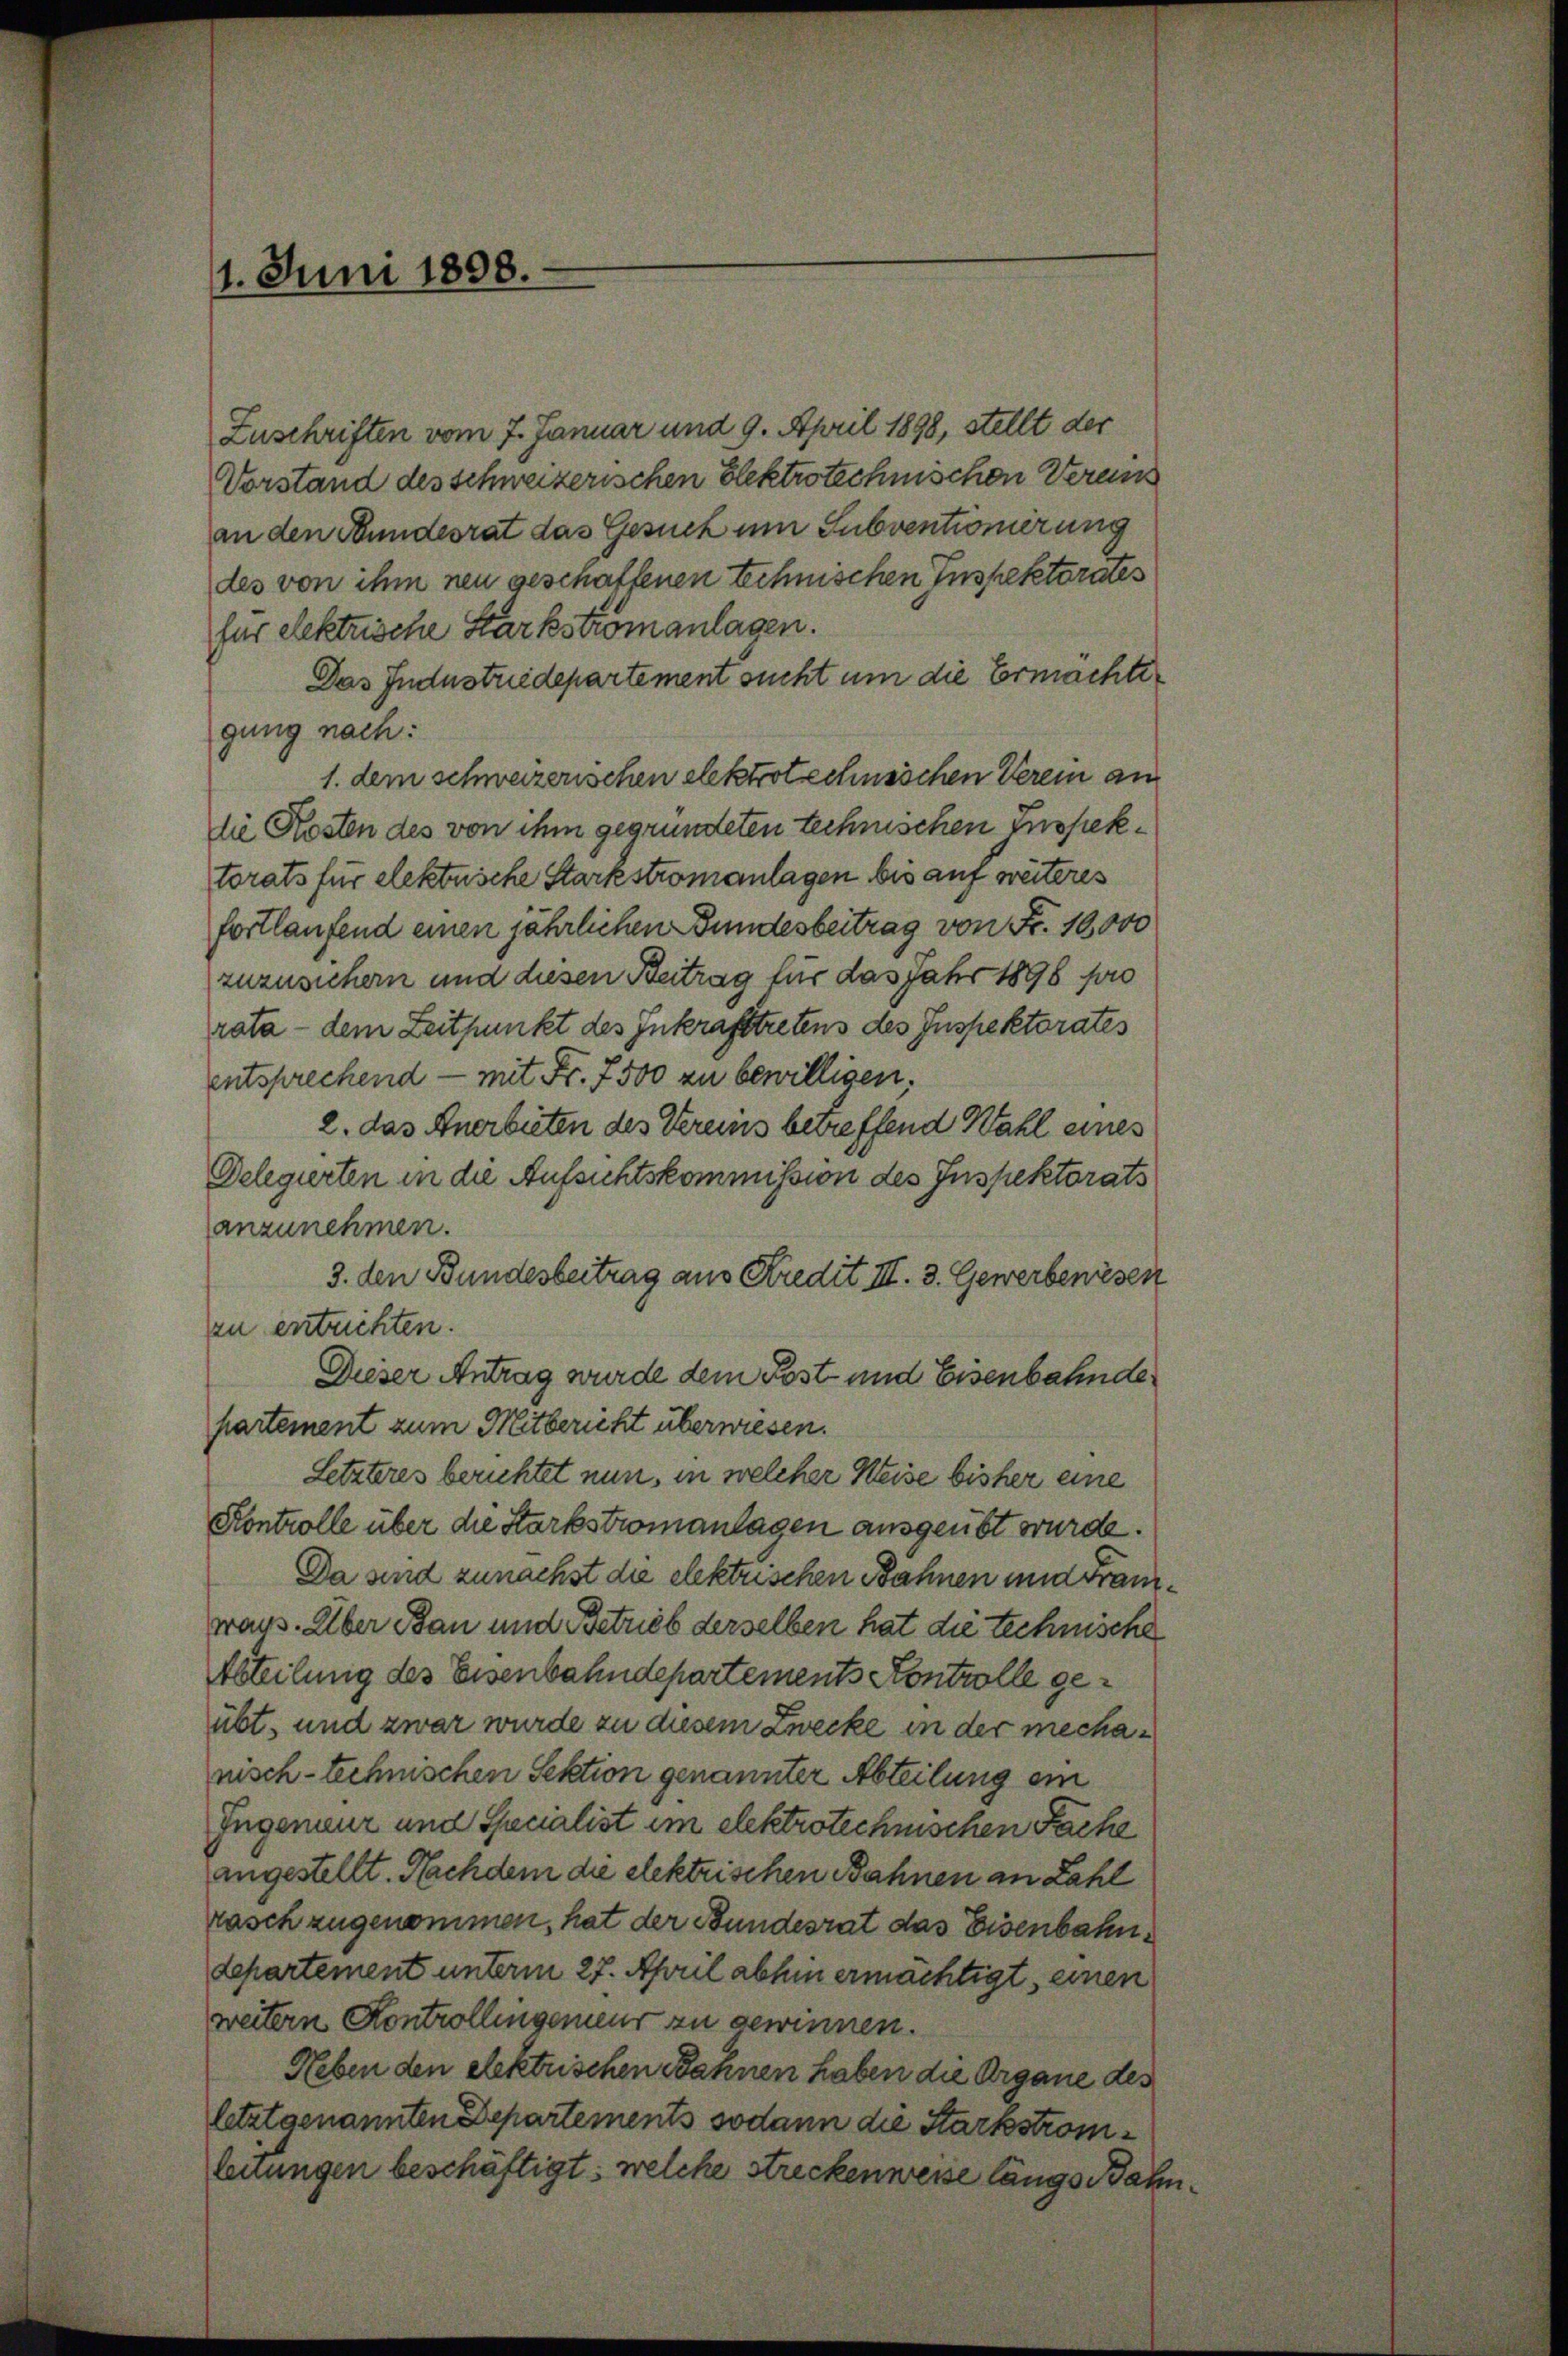
1. Juni 1898.

Zuschriften vom 7. Januar und 9. April 1898, stellt der
Vorstand des schweizerischen Elektrotechnischen Verein
an den Bundesrat das Gesuch um Subventionierung
des von ihm neu geschaffenen technischen Inspektorates
für elektrische Stärkstromanlagen.
Das Industriedepartement sucht um die Ermächte
gung nach:
1. dem schweizerischen elektrotechnsichen Verein an
die Kosten des von ihm gegründeten technischen Inspektorats für elektuische Starkstromanlagen bis auf weiteres
fortlaufend einen jährlichen Bundesbeitrag von Fr. 10,000
zuzusichern und diesen Beitrag für das Jahr 1898 pro
rata - dem Zeitpunkt des Inkrafttretens des Inspektorates
entsprechend — mit Fr. 7500 zu bewilligen.
2. das Anerbieten des Vereins betreffend Wahl eines
Delegierten in die Aufsichtskommission des Inspektorats
anzunehmen.
3. den Bundesbeitrag aus Kredit III. 3. Gewerbenesen
zu entrichten.
Dieser Antrag wurde dem Post- und Eisenbahnde
partement zum Mitbericht überwiesen.
Letzteres berichtet nun, in welcher Keise bisher eine
Kontrolle über die Starkstromanlagen ausgeübt wurde.
Da sind zunächst die elektrischen Bahnen und Franzways. Über Bau und Betrieb derselben hat die technische
Abteilung des Eisenbahndepartements Kontrolle geübt, und zwar wurde zu diesem Zwecke in der mechanisch-technischen Sektion genannter Abteilung ein
Ingenieur und Specialist im elektrotechnischen Fache
angestellt. Nachdem die elektrischen Bahnen an Zahl
tasch zugenommen, hat der Bundesrat das Eisenbahndepartement unterm 27. April abhin ermächtigt, einen
weitern Kontrollingemeur zu gewinnen.
Heben den elektrischen Bannen haben die Organe des
letztgenannten Departements sodann die Starkstromleuungen beschäftigt: welche streckenweise längs Bahn¬